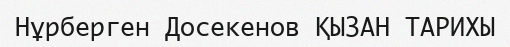
Нұрберген Досекенов ҚЫЗАН ТАРИХЫ